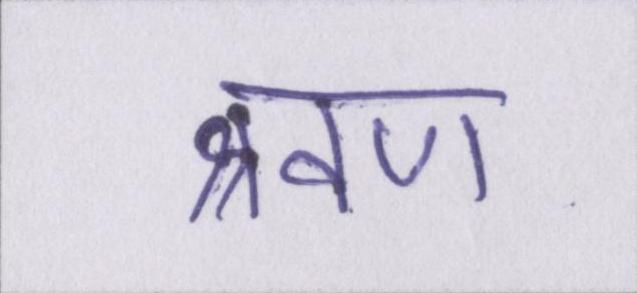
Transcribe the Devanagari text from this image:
श्रवण